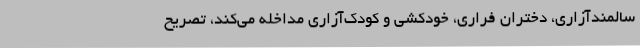
سالمندآزاری، دختران فراری، خودکشی و کودک‌آزاری مداخله می‌کند، تصریح